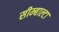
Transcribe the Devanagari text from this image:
सीम्बाल्टा